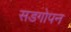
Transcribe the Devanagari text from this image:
सडगोपन